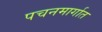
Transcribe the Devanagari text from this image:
पचनमार्गात